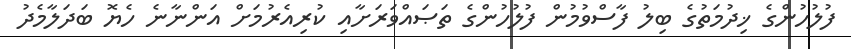
ފުލުހުންގެ ޚިދުމަތުގެ ބިލު ފާސްވުމުން ފުލުހުންގެ ތަޞައްވަރަށާއި ކުރިއެރުމަށް އަންނާނެ ހެޔޮ ބަދަލާމެދު